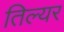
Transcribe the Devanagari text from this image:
तिल्यर